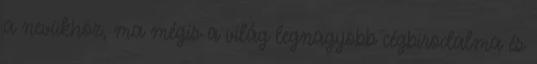
a nevükhöz, ma mégis a világ legnagyobb cégbirodalma és